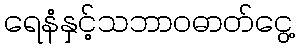
ရေနံနှင့်သဘာဝဓာတ်ငွေ့